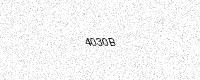
Text: 4030B